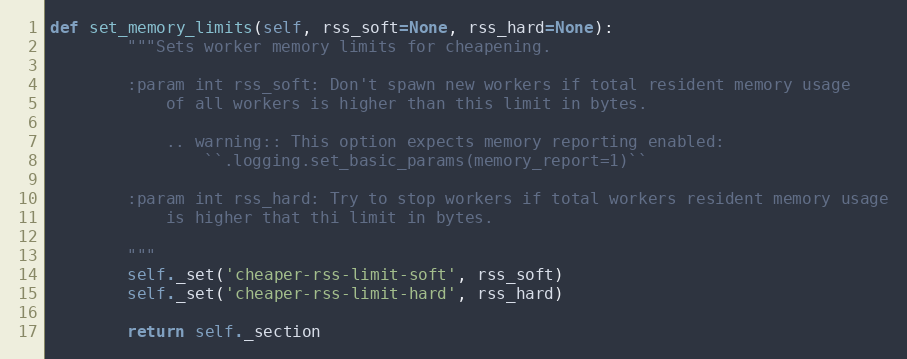
Language: Python
def set_memory_limits(self, rss_soft=None, rss_hard=None):
        """Sets worker memory limits for cheapening.

        :param int rss_soft: Don't spawn new workers if total resident memory usage
            of all workers is higher than this limit in bytes.

            .. warning:: This option expects memory reporting enabled:
                ``.logging.set_basic_params(memory_report=1)``

        :param int rss_hard: Try to stop workers if total workers resident memory usage
            is higher that thi limit in bytes.

        """
        self._set('cheaper-rss-limit-soft', rss_soft)
        self._set('cheaper-rss-limit-hard', rss_hard)

        return self._section